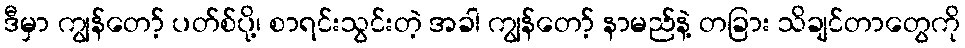
ဒီမှာ ကျွန်တော့် ပတ်စ်ပို့၊ စာရင်းသွင်းတဲ့ အခါ ကျွန်တော့် နာမည်နဲ့ တခြား သိချင်တာတွေကို